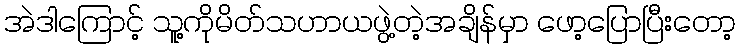
အဲဒါကြောင့် သူ့ကိုမိတ်သဟာယဖွဲ့တဲ့အချိန်မှာ ဖော့ပြောပြီးတော့